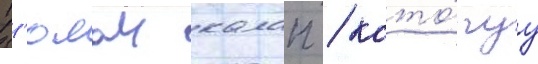
Г'юлаи калап / кото́руу